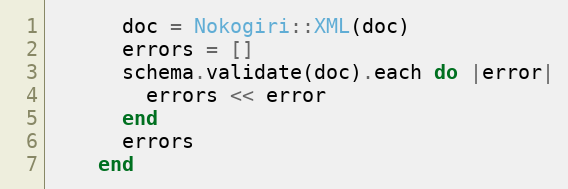
Language: Ruby
      doc = Nokogiri::XML(doc)
      errors = []
      schema.validate(doc).each do |error|
        errors << error
      end
      errors
    end